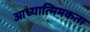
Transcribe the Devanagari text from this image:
आध्यात्मिमकता